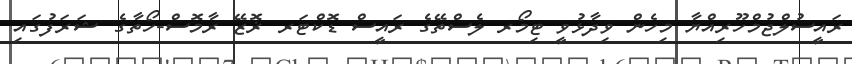
ރައީސުލްޖުމްހޫރިއްޔާ މިހެން ވިދާޅުވީ ޓިމޯރ ލެސްތޭގެ ރައީސް ޑޮކްޓަރ ޜޮޒޭ ރާމޮސް-ހޯތާގެ ޝަރަފުގައި